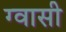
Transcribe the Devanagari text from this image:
ग्वासी